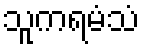
သူကရမံသံ